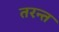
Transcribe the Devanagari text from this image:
तरन्त